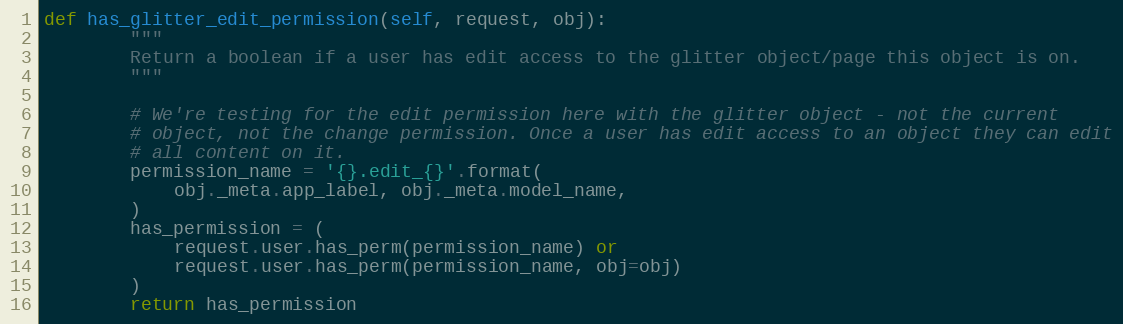
Language: Python
def has_glitter_edit_permission(self, request, obj):
        """
        Return a boolean if a user has edit access to the glitter object/page this object is on.
        """

        # We're testing for the edit permission here with the glitter object - not the current
        # object, not the change permission. Once a user has edit access to an object they can edit
        # all content on it.
        permission_name = '{}.edit_{}'.format(
            obj._meta.app_label, obj._meta.model_name,
        )
        has_permission = (
            request.user.has_perm(permission_name) or
            request.user.has_perm(permission_name, obj=obj)
        )
        return has_permission